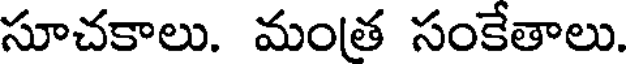
సూచకాలు. మంత సంకేతాలు.